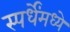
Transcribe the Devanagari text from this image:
स्पर्धेंमध्ये